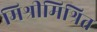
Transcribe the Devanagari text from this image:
मिश्रीमिश्रित